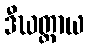
ဒီဃတ္တာယ